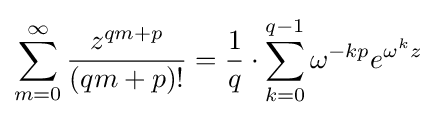
\sum _{m=0}^{\infty }{z^{qm+p} \over (qm+p)!}={\frac {1}{q}}\cdot \sum _{k=0}^{q-1}\omega ^{-kp}e^{\omega ^{k}z}